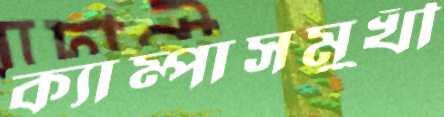
ক্যাম্পাসমুখী